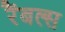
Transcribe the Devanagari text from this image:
रैंबल्स